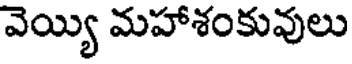
వెయ్యి మహాశంకువులు